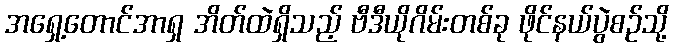
အရှေ့တောင်အာရှ အိတ်ထဲရှိသည့် ဗီဒီယိုဂိမ်းတစ်ခု ဖိုင်နယ်ပွဲစဉ်သို့